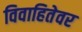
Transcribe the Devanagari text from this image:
विवाहितेवर